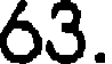
63.